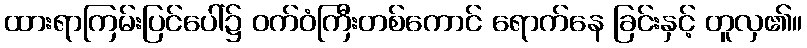
ထားရာကြမ်းပြင်ပေါ်၌ ဝက်ဝံကြီးတစ်ကောင် ရောက်နေ ခြင်းနှင့် တူလှ၏။